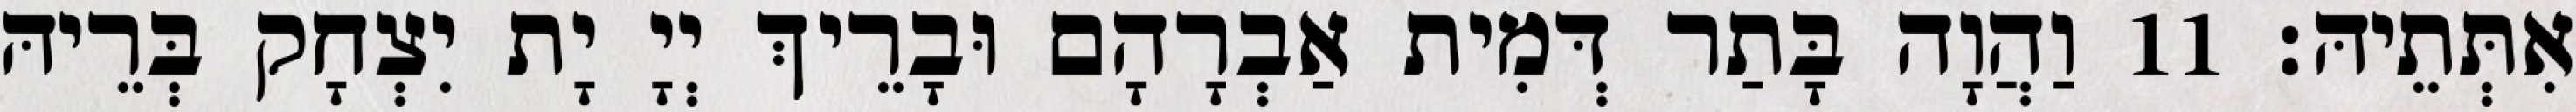
אִתְּתֵיהּ׃ 11 וַהֲוָה בָּתַר דְּמִית אַבְרָהָם וּבָרֵיךְ יְיָ יָת יִצְחָק בְּרֵיהּ